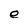
Character: e